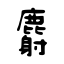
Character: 麝